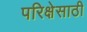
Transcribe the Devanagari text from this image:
परिक्षेसाठी